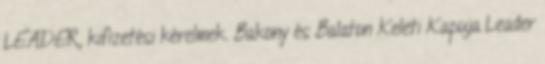
LEADER, kifizetési kérelmek. Bakony és Balaton Keleti Kapuja Leader